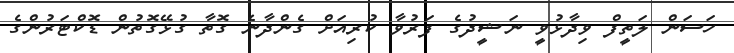
ހަސަން ލަތީފް ވިދާޅުވީ ނަޝީދުގެ ފަރުވާ ކުރިއަށް ގެންދާނެ ގޮތާ ގުޅޭގޮތުން ޑޮކްޓަރުންގެ